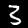
Digit: 3